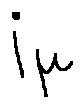
i _ { \mu }